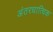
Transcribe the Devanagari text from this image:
अंतरधात्विक